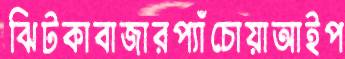
ঝিটকাবাজারপ্যাঁচোয়াআইপ